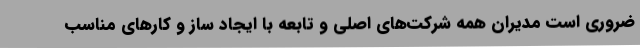
ضروری است مدیران همه شرکت‌های اصلی و تابعه با ایجاد ساز و کارهای مناسب